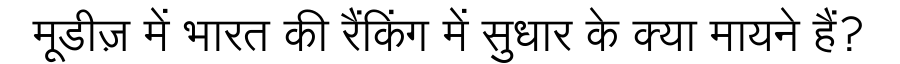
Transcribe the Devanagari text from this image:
मूडीज़ में भारत की रैंकिंग में सुधार के क्या मायने हैं?